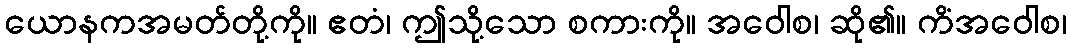
ယောနကအမတ်တို့ကို။ ဧတံ၊ ဤသို့သော စကားကို။ အဝေါစ၊ ဆို၏။ ကိံအဝေါစ၊